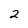
Character: 2